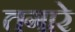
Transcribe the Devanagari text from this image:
तगारे